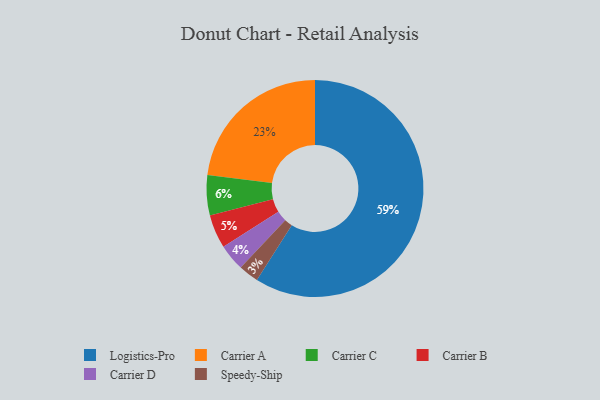
{"axis": {"x": "Category", "y": "Percentage"}, "legend": ["Carrier A", "Carrier B", "Carrier C", "Carrier D", "Logistics-Pro", "Speedy-Ship"], "data": [{"x": "Carrier B", "y": 5, "type": "Carrier B"}, {"x": "Carrier D", "y": 4, "type": "Carrier D"}, {"x": "Carrier C", "y": 6, "type": "Carrier C"}, {"x": "Carrier A", "y": 23, "type": "Carrier A"}, {"x": "Logistics-Pro", "y": 59, "type": "Logistics-Pro"}, {"x": "Speedy-Ship", "y": 3, "type": "Speedy-Ship"}]}